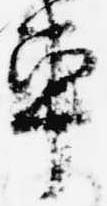
車